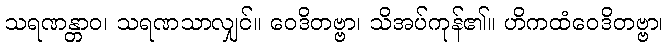
သရဏန္တာဝ၊ သရဏသာလျှင်။ ဝေဒိတဗ္ဗာ၊ သိအပ်ကုန်၏။ ဟိကထံဝေဒိတဗ္ဗာ၊